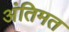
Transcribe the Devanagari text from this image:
अंतिमत